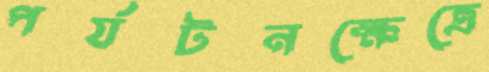
পর্যটনক্ষেত্রে